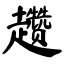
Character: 趱